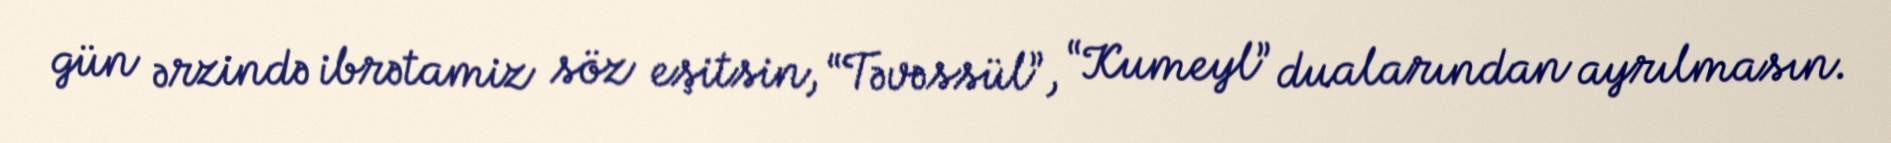
gün ərzində ibrətamiz söz eşitsin, “Təvəssül”, “Kumeyl” dualarından ayrılmasın.